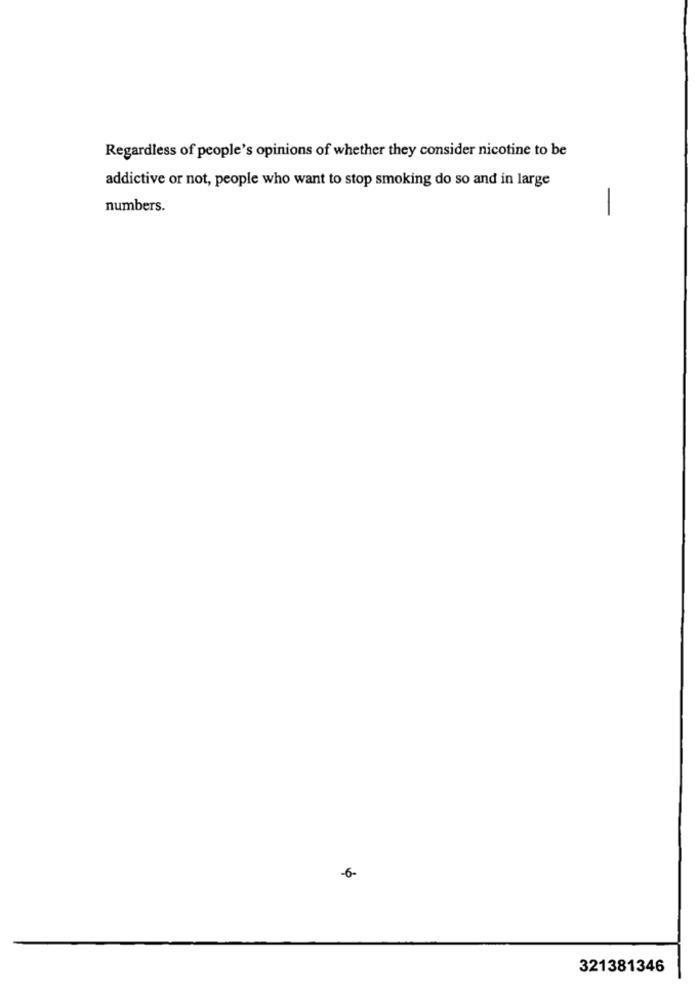
Regardless of people's opinions of whether they consider nicotine to be
addictive or not, people who want to stop smoking do so and in large
numbers.
-6-
321381346